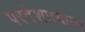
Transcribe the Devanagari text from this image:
परदेशात्याला